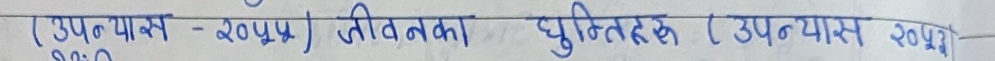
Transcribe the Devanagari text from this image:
(उपन्यास - २०५५), जीवनका घुम्तीहरू (उपन्यास २०५३)